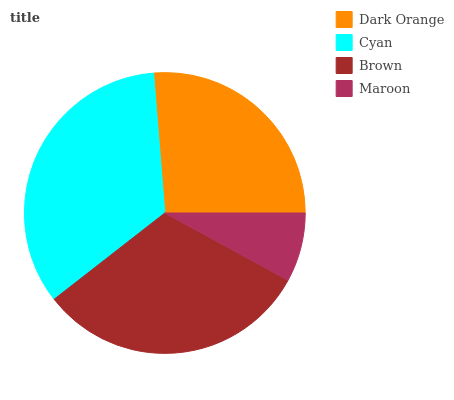
| Dark Orange | Cyan | Brown | Maroon |
 | --- | --- | --- | --- |
 | 26.3% | 34.2% | 31.5% | 7.96% |